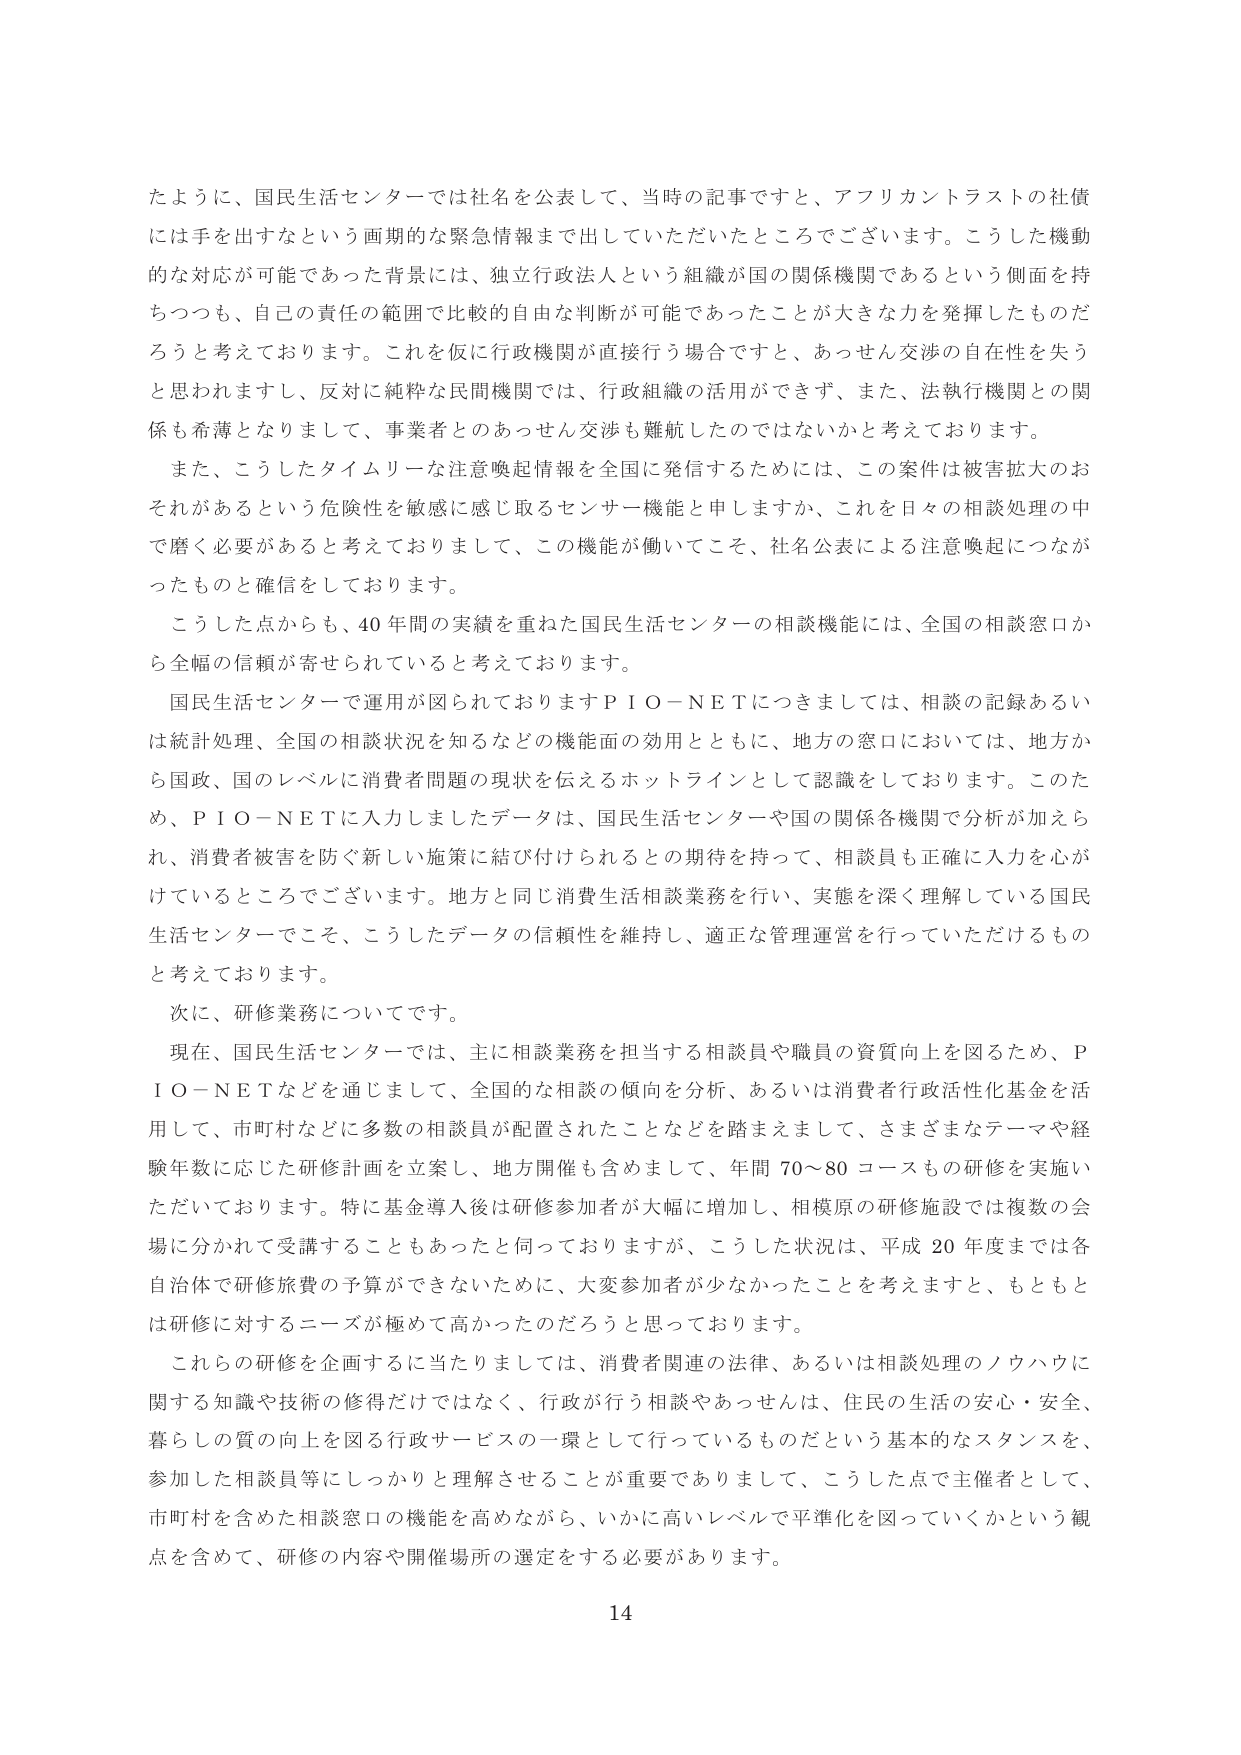
たように、国民生活センターでは社名を公表して、当時の記事ですと、アフリカントラストの社債には手を出すなという画期的な緊急情報まで出していただいたところでございます。こうした機動的な対応が可能であった背景には、独立行政法人という組織が国の関係機関であるという側面を持ちつつも、自己の責任の範囲で比較的自由な判断が可能であったことが大きな力を発揮したものだろうと考えております。これを仮に行政機関が直接行う場合ですと、あっせん交渉の自在性を失うと思われますし、反対に純粋な民間機関では、行政組織の活用ができず、また、法執行機関との関係も希薄となりまして、事業者とのあっせん交渉も難航したのではないかと考えております。

また、こうしたタイムリーな注意喚起情報を全国に発信するためには、この案件は被害拡大のおそれがあるという危険性を敏感に感じ取るセンサー機能を申しますか、これを日々の相談処理の中で磨く必要があると考えておりまして、この機能が働いてこそ、社名公表による注意喚起につながったものと確信しております。

こうした点からも、40年間の実績を重ねた国民生活センターの相談機能には、全国の相談窓口から全幅の信頼が寄せられていると考えております。

国民生活センターで運用が図られておりますＰＩＯ－ＮＥＴにつきましては、相談の記録あるいは統計処理、全国の相談状況を知るなどの機能面の効用とともに、地方の窓口においては、地方から国政、国のレベルに消費者問題の現状を伝えるホットラインとして認識をしております。このため、ＰＩＯ－ＮＥＴに入力しましたデータは、国民生活センターや国の関係各機関で分析が加えられ、消費者被害を防ぐ新しい施策に結び付けられるとの期待を持って、相談員も正確に入力を心がけているところでございます。地方と同じ消費生活相談業務を行い、実態を深く理解している国民生活センターでこそ、こうしたデータの信頼性を維持し、適正な管理運営を行っていただけるものと考えております。

次に、研修業務についてです。

現在、国民生活センターでは、主に相談業務を担当する相談員や職員の資質向上を図るため、ＰＩＯ－ＮＥＴなどを通じまして、全国的な相談の傾向を分析、あるいは消費者行政活性化基金を活用して、市町村などに多数の相談員が配置されたことなどを踏まえまして、さまざまなテーマや経験年数に応じた研修計画を立案し、地方開催も含めまして、年間70～80コースもの研修を実施いただいております。特に基金導入後は研修参加者が大幅に増加し、相模原の研修施設では複数の会場に分かれて受講することもあったと伺っておりますが、こうした状況は、平成20年度までは各自治体で研修旅費の予算ができないために、大変参加者が少なかったことを考えますと、もともと研修に対するニーズが極めて高かったのだろうと思っております。

これらの研修を企画するに当たりましては、消費者関連の法律、あるいは相談処理のノウハウに関する知識や技術の修得だけではなく、行政が行う相談やあっせんは、住民の生活の安心・安全、暮らしの質の向上を図る行政サービスの一環として行っているものだという基本的なスタンスを、参加した相談員等にしっかりと理解させることが重要でありまして、こうした点で主催者として、市町村を含めた相談窓口の機能を高めながら、いかに高いレベルで平準化を図っていくかという観点を含めて、研修の内容や開催場所の選定をする必要があります。

14